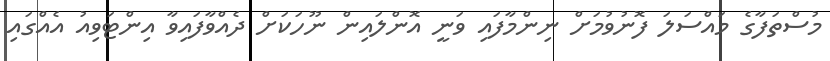
މުސްތަފާގެ މައްސަލަ ފޮނުވުމަށް ނިންމާފައި ވަނީ އޮންލައިން ނޫހަކަށް ދެއްވާފައިވާ އިންޓަވިއު އެއްގައި